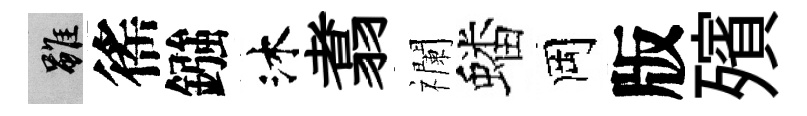
雖徭鏹沐翥襴蟠岡版殯